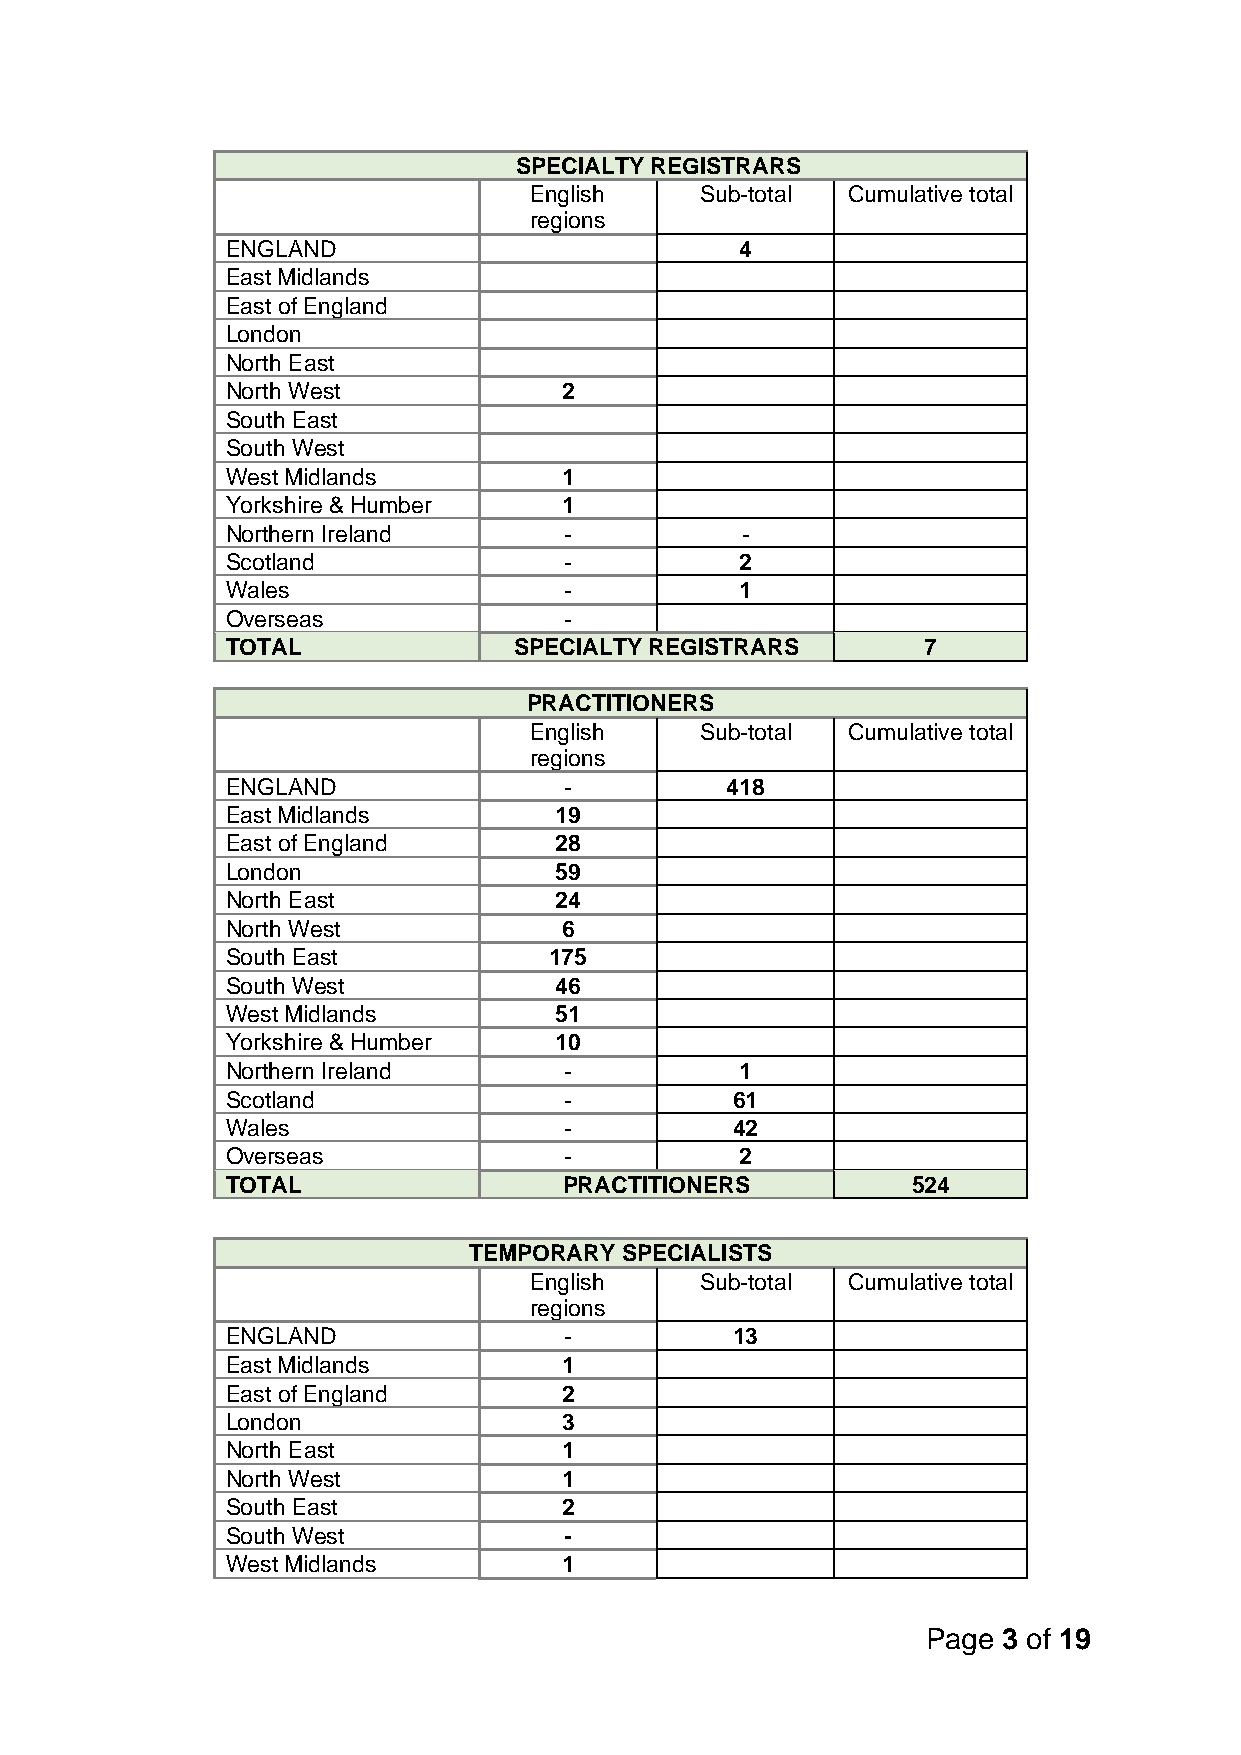
SPECIALTY REGISTRARS
 English    Sub-total Cumulative total
 regions
 ENGLAND                           4
 East Midlands
 East of England
 London
 North East
 North West            2
 South East
 South West
 West Midlands         1
 Yorkshire & Humber    1
 Northern Ireland      -           -
 Scotland              -           2
 Wales                 -           1
 Overseas              -
 TOTAL              SPECIALTY REGISTRARS       7
 PRACTITIONERS
 English    Sub-total Cumulative total
 regions
 ENGLAND               -          418
 East Midlands         19
 East of England       28
 London                59
 North East            24
 North West            6
 South East           175
 South West            46
 West Midlands         51
 Yorkshire & Humber    10
 Northern Ireland      -           1
 Scotland              -          61
 Wales                 -          42
 Overseas              -           2
 TOTAL                 PRACTITIONERS          524
 TEMPORARY SPECIALISTS
 English    Sub-total Cumulative total
 regions
 ENGLAND               -          13
 East Midlands         1
 East of England       2
 London                3
 North East            1
 North West            1
 South East            2
 South West            -
 West Midlands         1
 Page 3 of 19